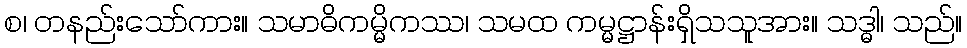
စ၊ တနည်းသော်ကား။ သမာဓိကမ္မိကဿ၊ သမထ ကမ္မဋ္ဌာန်းရှိသသူအား။ သဒ္ဓါ၊ သည်။